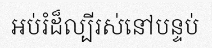
អប់រំដ៏ល្បីរស់នៅបន្ទប់